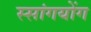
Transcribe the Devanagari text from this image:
स्सांगयोंग